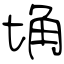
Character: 埆